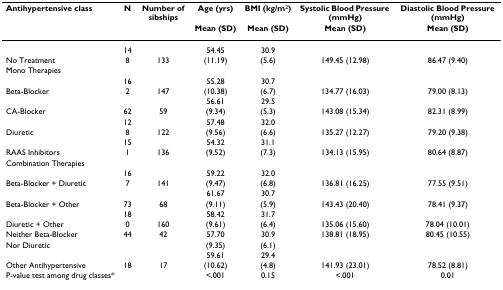
<table><thead><tr><td><b>Antihypertensive class</b></td><td><b>N</b></td><td><b>Number of sibships</b></td><td><b>Age (yrs)</b></td><td><b>BMI (kg/m<sup>2</sup>)</b></td><td><b>Systolic Blood Pressure (mmHg)</b></td><td><b>Diastolic Blood Pressure (mmHg)</b></td></tr><tr><td></td><td></td><td></td><td><b>Mean (SD)</b></td><td><b>Mean (SD)</b></td><td><b>Mean (SD)</b></td><td><b>Mean (SD)</b></td></tr></thead><tbody><tr><td></td><td>14</td><td></td><td>54.45</td><td>30.9</td><td></td><td></td></tr><tr><td>No Treatment</td><td>8</td><td>133</td><td>(11.19)</td><td>(5.6)</td><td>149.45 (12.98)</td><td>86.47 (9.40)</td></tr><tr><td>Mono Therapies</td><td></td><td></td><td></td><td></td><td></td><td></td></tr><tr><td></td><td>16</td><td></td><td>55.28</td><td>30.7</td><td></td><td></td></tr><tr><td>Beta-Blocker</td><td>2</td><td>147</td><td>(10.38)</td><td>(6.7)</td><td>134.77 (16.03)</td><td>79.00 (8.13)</td></tr><tr><td></td><td></td><td></td><td>56.61</td><td>29.5</td><td></td><td></td></tr><tr><td>CA-Blocker</td><td>62</td><td>59</td><td>(9.34)</td><td>(5.3)</td><td>143.08 (15.34)</td><td>82.31 (8.99)</td></tr><tr><td></td><td>12</td><td></td><td>57.48</td><td>32.0</td><td></td><td></td></tr><tr><td>Diuretic</td><td>8</td><td>122</td><td>(9.56)</td><td>(6.6)</td><td>135.27 (12.27)</td><td>79.20 (9.38)</td></tr><tr><td></td><td>15</td><td></td><td>54.32</td><td>31.1</td><td></td><td></td></tr><tr><td>RAAS Inhibitors</td><td>1</td><td>136</td><td>(9.52)</td><td>(7.3)</td><td>134.13 (15.95)</td><td>80.64 (8.87)</td></tr><tr><td>Combination Therapies</td><td></td><td></td><td></td><td></td><td></td><td></td></tr><tr><td></td><td>16</td><td></td><td>59.22</td><td>32.0</td><td></td><td></td></tr><tr><td>Beta-Blocker + Diuretic</td><td>7</td><td>141</td><td>(9.47)</td><td>(6.8)</td><td>136.81 (16.25)</td><td>77.55 (9.51)</td></tr><tr><td></td><td></td><td></td><td>61.67</td><td>30.7</td><td></td><td></td></tr><tr><td>Beta-Blocker + Other</td><td>73</td><td>68</td><td>(9.11)</td><td>(5.9)</td><td>143.43 (20.40)</td><td>78.41 (9.37)</td></tr><tr><td></td><td>18</td><td></td><td>58.42</td><td>31.7</td><td></td><td></td></tr><tr><td>Diuretic + Other</td><td>0</td><td>160</td><td>(9.61)</td><td>(6.4)</td><td>135.06 (15.60)</td><td>78.04 (10.01)</td></tr><tr><td>Neither Beta-Blocker</td><td>44</td><td>42</td><td>57.70</td><td>30.9</td><td>138.81 (18.95)</td><td>80.45 (10.55)</td></tr><tr><td>Nor Diuretic</td><td></td><td></td><td>(9.35)</td><td>(6.1)</td><td></td><td></td></tr><tr><td></td><td></td><td></td><td>59.61</td><td>29.4</td><td></td><td></td></tr><tr><td>Other Antihypertensive</td><td>18</td><td>17</td><td>(10.62)</td><td>(4.8)</td><td>141.93 (23.01)</td><td>78.52 (8.81)</td></tr><tr><td>P-value test among drug classes*</td><td></td><td></td><td>&lt;.001</td><td>0.15</td><td>&lt;.001</td><td>0.01</td></tr></tbody></table>